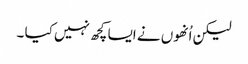
لیکن اُنھوں نے ایسا کچھ نہیں کیا ۔